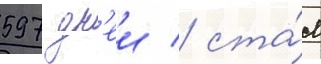
597 дн'еи / ста́л